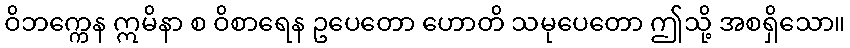
ဝိဘက္ကေန ဣမိနာ စ ဝိစာရေန ဥပေတော ဟောတိ သမုပေတော ဤသို့ အစရှိသော။